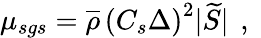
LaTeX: {\mu_{sgs}=\overline{{\rho}}\, \left(C_{s}\Delta\right)^{2}|\widetilde{S}|\, \mathrm{~,~}}